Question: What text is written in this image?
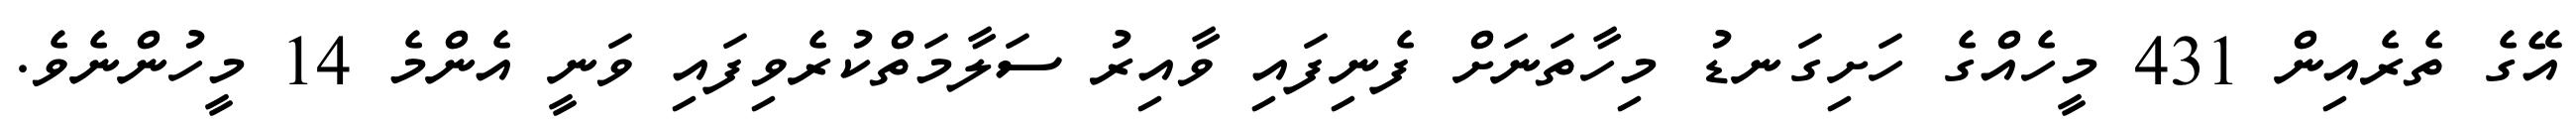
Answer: އޭގެ ތެރެއިން 431 މީހެއްގެ ހަށިގަނޑު މިހާތަނަށް ފެނިފައި ވާއިރު ސަލާމަތްކުރެވިފައި ވަނީ އެންމެ 14 މީހުންނެވެ.